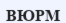
ВЮРМ